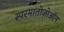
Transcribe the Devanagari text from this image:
स्परमातोज़ोऑन